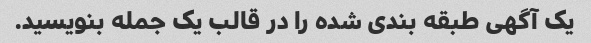
یک آگهی طبقه بندی شده را در قالب یک جمله بنویسید.